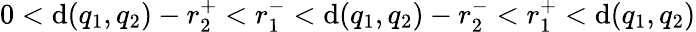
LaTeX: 0<\mathrm{d}(q_{1},q_{2})-r_{2}^{+}<r_{1}^{-}<\mathrm{d}(q_{1},q_{2})-r_{2}^{-}<r_{1}^{+}<\mathrm{d}(q_{1},q_{2})